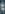
: